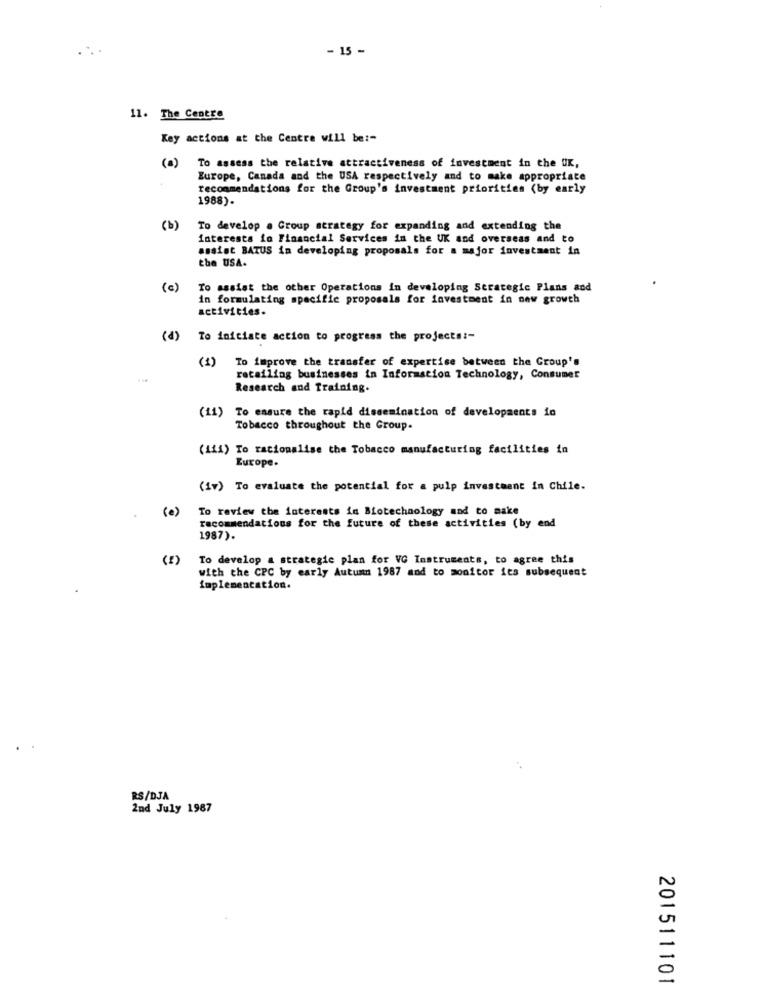
- 15 -
11. The Centre
Key actions at the Centre will be:"
(0)
To assess the relative attractiveness of investment in the UK,
Europe, Canada and the USA respectively and to make appropriate
recommendations for the Group's investment priorities (by early
1988).
(b)
To develop a Group strategy for expanding and extending the
interests in Financial Services in the UK and overseas and to
assist BATUS in developing proposals for a major investment in
the USA.
(c)
To assist the other Operations in developing Strategic Plans and
in formulating specific proposals for investment in new growth
activities.
(P)
To initiate action to progress the projects :-
( 1)
To improve the transfer of expertise between the Group's
retailing businesses in Information Technology, Consumer
Research and Training.
(11) To ensure the rapid dissemination of developments in
Tobacco throughout the Group.
(iii) To racionalise the Tobacco manufacturing facilities in
Europe.
(iv) To evaluate the potential for a pulp investment in Chile.
(0)
To review the interests in Biotechnology and to make
recommendations for the future of these activities (by end
1987).
( I)
To develop a strategic plan for VG Instruments, to agree this
with the CPC by early Autumn 1987 and to monitor its subsequent
implementation.
RS/DJA
2nd July 1987
201511101